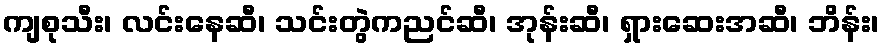
ကျစုသီး၊ လင်းနေဆီ၊ သင်းတွဲကညင်ဆီ၊ အုန်းဆီ၊ ရှားဆေးအဆီ၊ ဘိန်း၊